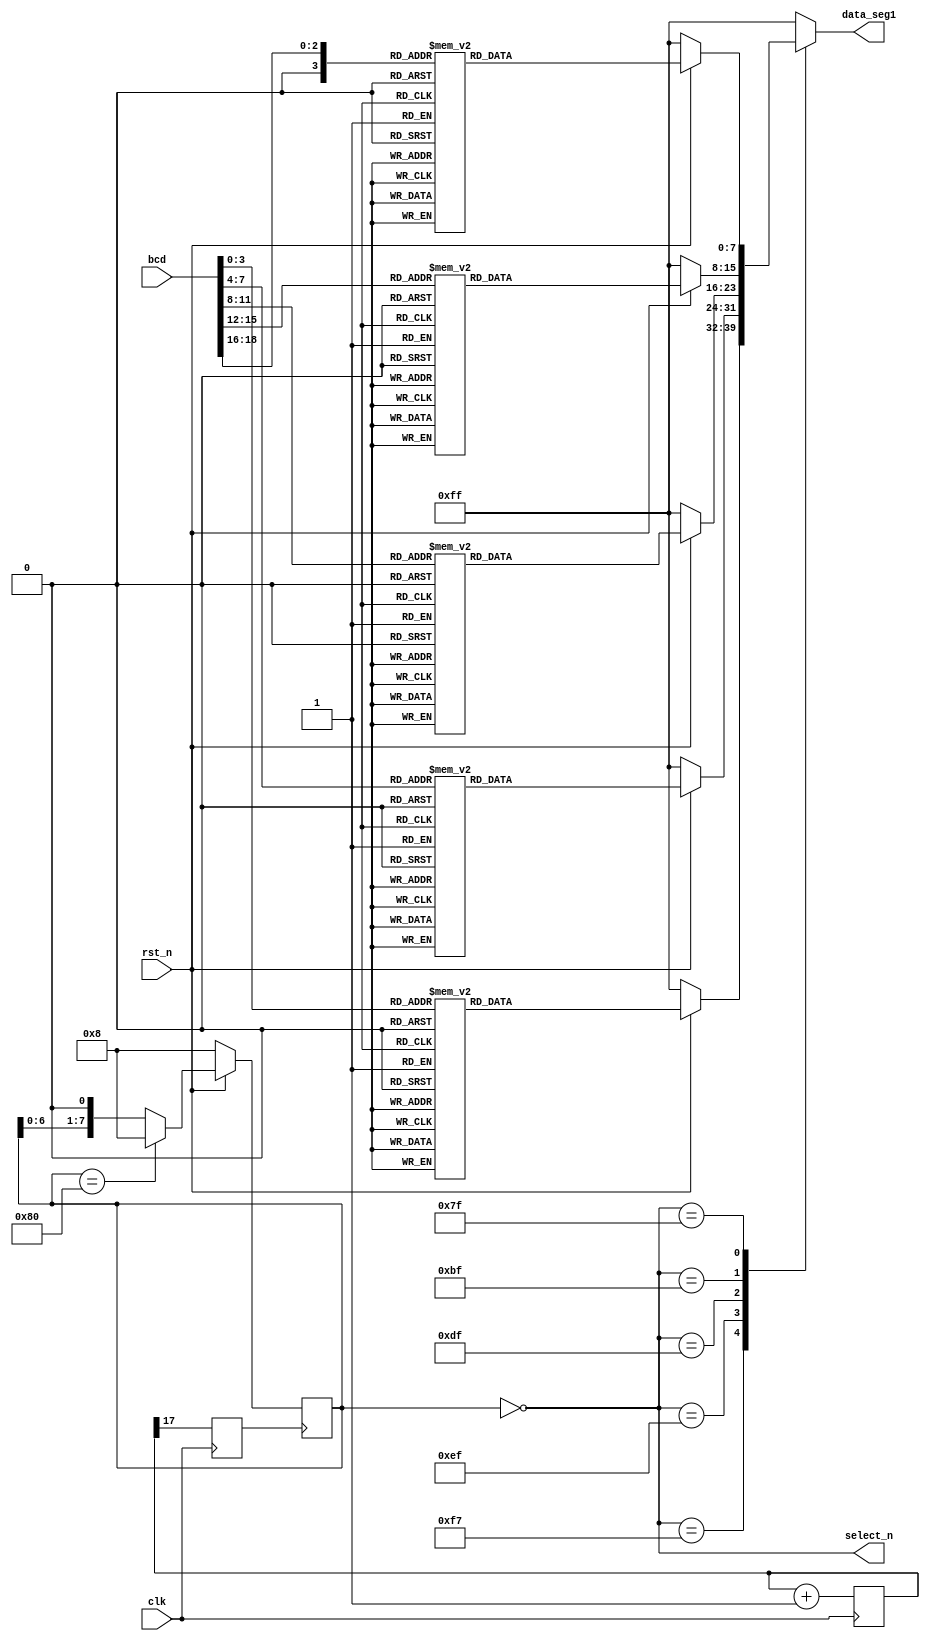
module segs_disp (
    input clk,
    input rst_n,
    input [18:0] bcd,
    output reg [7:0] data_seg1,
    output [7: 0] select_n
);
    reg [3:0] bcd_reg [4:0];
    reg [7:0] data_led [4:0];

    //time devide
    reg[17:0] cnt=18'b0;
    reg clk_div=1'b0;
    always @ (posedge clk) begin
        cnt <= cnt+1;
        clk_div <= cnt[17];
    end

    //BCD?
    always @(*)begin
        bcd_reg [0] =bcd[3:0];
        bcd_reg [1] =bcd [7:4];
        bcd_reg [2] =bcd[11:8];
        bcd_reg[3] =bcd [15:12];
        bcd_reg [4] = {1'b0,bcd[18: 16]};
    end

    //BCD->
    integer i;
    always @(*) begin
        for(i=0; i < 5; i = i+1) begin
            if(!rst_n) begin
                data_led [i] = 8'hff;
            end
            else begin
                case (bcd_reg [i] [3:0])
                    4'b0000: data_led [i] =8'hc0;
                    4'b0001: data_led [i] =8'hf9;
                    4'b0010: data_led [i]=8'ha4;
                    4'b0011: data_led [i]=8'hb0;
                    4'b0100: data_led [i] =8'h99;
                    4'b0101: data_led [i]=8'h92;
                    4'b0110: data_led [i]=8'h82;
                    4'b0111: data_led[i]=8'hf8;
                    4'b1000: data_led [i] =8'h80;
                    4'b1001: data_led [i] =8'h90;
                    default: data_led [i] =8'hff;
                endcase
            end
        end
    end

    //??
    reg [7:0] select;
    always @(posedge clk_div) begin
        if(!rst_n) begin
            select <= 8'b0000_1000;
        end
        else begin
            if(select == 8'b1000_0000) begin
                select <= 8'b0000_1000;
            end
            else begin
                select <= select << 1;
            end
        end
    end

    assign select_n = ~select;

    //?
    always @(*) begin
        case (select_n)
            8'b1111_0111: data_seg1 = data_led [0];
            8'b1110_1111: data_seg1 = data_led [1];
            8'b1101_1111: data_seg1 = data_led [2];
            8'b1011_1111: data_seg1 = data_led [3];
            8'b0111_1111: data_seg1 = data_led [4];
            default: data_seg1 = 8'hff; //?    
        endcase
    end
endmodule